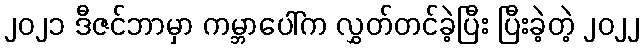
၂၀၂၁ ဒီဇင်ဘာမှာ ကမ္ဘာပေါ်က လွှတ်တင်ခဲ့ပြီး ပြီးခဲ့တဲ့ ၂၀၂၂